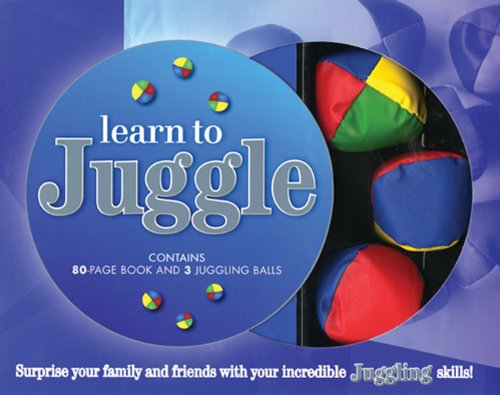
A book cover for Learn to Juggle; Cara Frost-Sharratt; Sports & Outdoors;